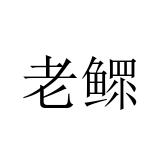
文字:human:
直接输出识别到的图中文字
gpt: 老鳏